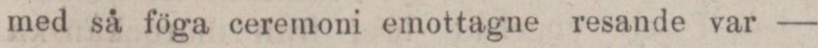
med så föga ceremoni emottagne resande var —